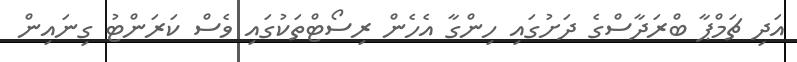
އަދި ޗަމްޕާ ބްރަދާސްގެ ދަށުގައި ހިންގާ އެހެން ރިސޯޓްތަކުގައި ވެސް ކަރަންޓު ގިނައިން